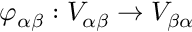
\varphi _ { \alpha \beta } : V _ { \alpha \beta } \to V _ { \beta \alpha }